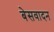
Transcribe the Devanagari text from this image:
बेसवादन